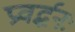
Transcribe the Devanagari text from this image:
प्रवर्द्धनः